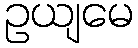
ဥယျမေ